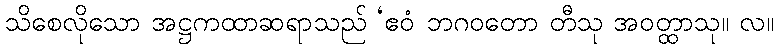
သိစေလိုသော အဋ္ဌကထာဆရာသည် ‘ဧဝံ ဘဂဝတော တီသု အဝတ္ထာသု။ လ။